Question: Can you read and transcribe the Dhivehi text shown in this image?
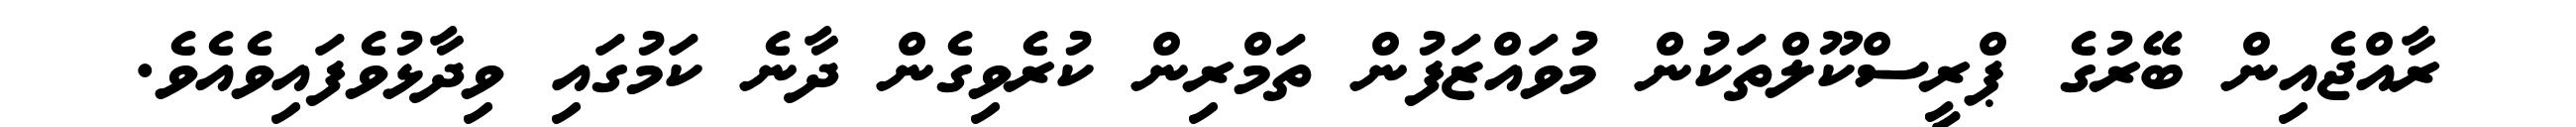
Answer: ރާއްޖެއިން ބޭރުގެ ޕްރީސްކޫލްތަކުން މުވައްޒަފުން ތަމްރިން ކުރެވިގެން ދާނެ ކަމުގައި ވިދާޅުވެފައިވެއެވެ.